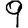
Digit: 9